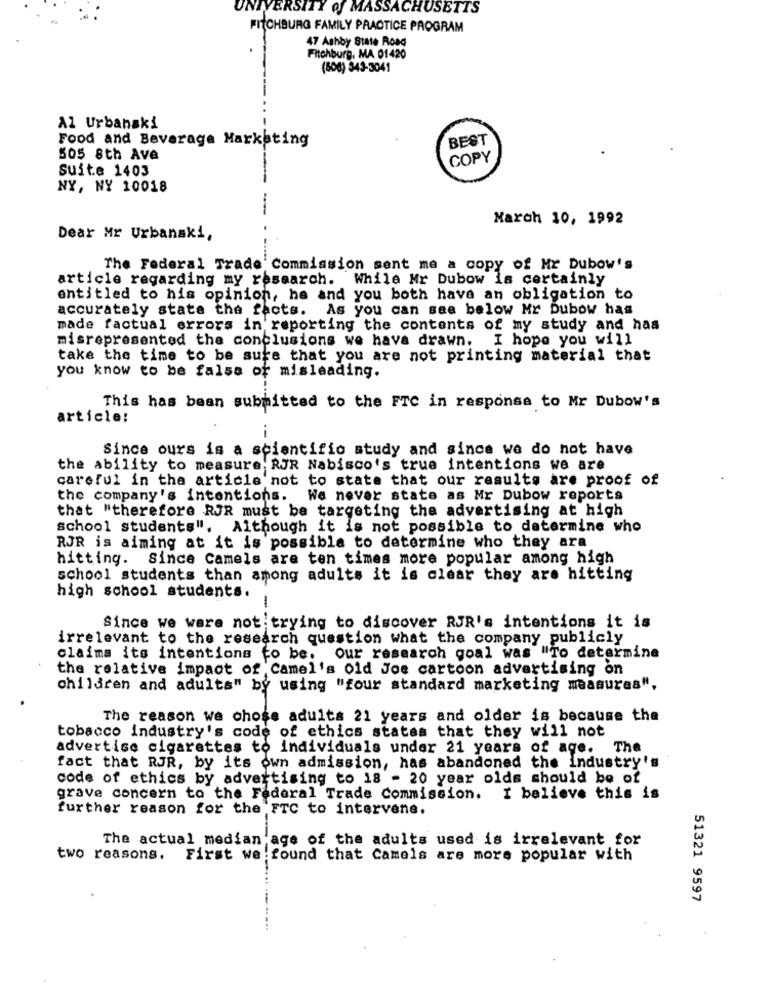
UNIVERSITY of MASSACHUSETTS
FITCHBURG FAMILY PRACTICE PROGRAM
47 Ashby State Road
Fitchburg, MA 01420
(506) 343-3041
Al Urbanski
Food and Beverage Marketing
BEST
505 8th Ave
COPY
suite 1403
NY, NY 10018
March 10, 1992
Dear Mr Urbanaki,
The Federal Trade Commission sent me a copy of Mr Dubow's
article regarding my research. While Mr Dubow is certainly
entitled to his opinion, ha and you both have an obligation to
accurately state the facts. As you can see below Mr Dubow has
made factual errors in reporting the contents of my study and has
misrepresented the conclusions we have drawn. I hope you will
take the time to be sure that you are not printing material that
you know to be false or misleading.
This has been submitted to the FTC in response to Mr Dubow's
article:
--
Since ours is a scientific study and since we do not have
the ability to measure; RJR Nabisco's true intentions we are
careful in the article not to state that our results are proof of
the company's intentions. We never state as Mr Dubow reports
that "therefore RJR must be targeting the advertising at high
school students".
Although it is not possible to determine who
RJR is aiming at it is possible to determine who they ara
hitting. Since Camels are ten times more popular among high
school students than among adults it is clear they are hitting
high school students.
Since we were not trying to discover RJR's intentions it is
-..
irrelevant to the research question what the company publicly
claims its intentions to be. Our research goal was "To determine
the relative impact of Camel's old Joe cartoon advertising on
children and adults" by using "four standard marketing measures",
The reason we chose adults 21 years and older is because the
tobacco industry's code of ethics states that they will not
advertise cigarettes to individuals under 21 years of age.
The
fact that RJR, by its own admission, has abandoned the industry's
code of ethics by advertising to 18 - 20 year olds should be of
grave concern to the Federal Trade Commission. I believe this is
further reason for the FTC to intervene.
The actual median age of the adults used is irrelevant for
two reasons.
First we found that Camels are more popular with
51321 9597